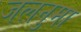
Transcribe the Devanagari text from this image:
जलनुमा